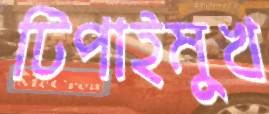
টিপাইমুখ